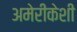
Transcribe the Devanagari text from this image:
अमेरीकेशी